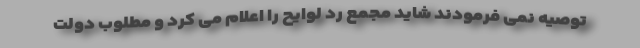
توصیه نمی فرمودند شاید مجمع رد لوایح را اعلام می کرد و مطلوب دولت